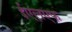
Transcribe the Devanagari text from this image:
ईएलएफ